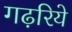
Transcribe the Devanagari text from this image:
गढ़रिये